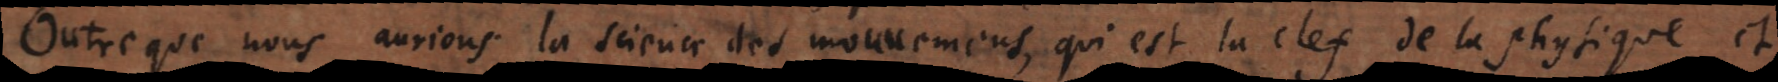
Outre que nous aurions la science des mouvemens, qui est la clef de la physique, et